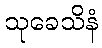
သုခေသိနံ